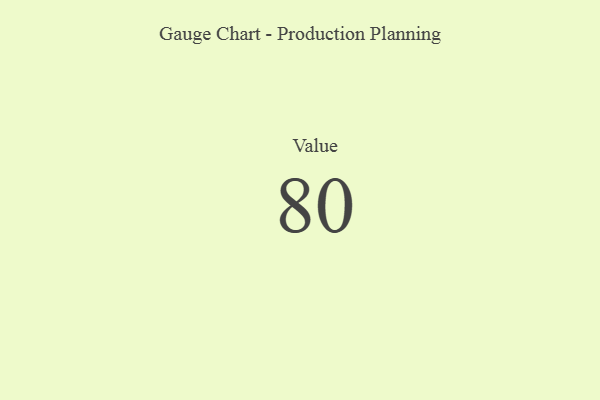
{"axis": {"x": "Metric", "y": "Value"}, "legend": [""], "data": [{"x": "Value", "y": 80, "type": ""}]}